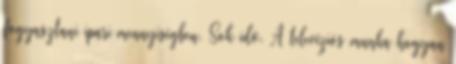
fogyasztani ipari mennyiségben. Sok idő. A televíziós munka hogyan